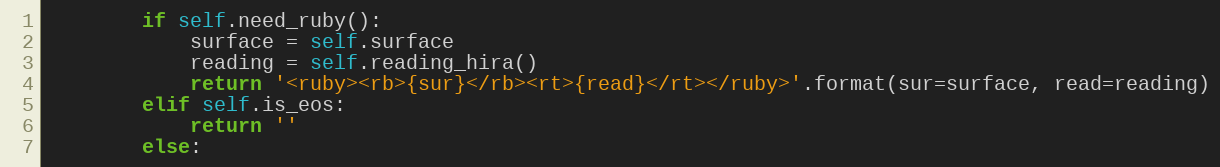
Language: Python
        if self.need_ruby():
            surface = self.surface
            reading = self.reading_hira()
            return '<ruby><rb>{sur}</rb><rt>{read}</rt></ruby>'.format(sur=surface, read=reading)
        elif self.is_eos:
            return ''
        else: